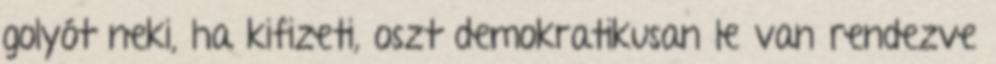
golyót neki, ha kifizeti, oszt demokratikusan le van rendezve